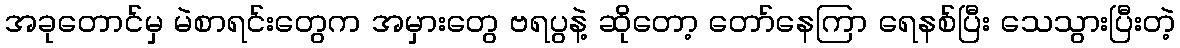
အခုတောင်မှ မဲစာရင်းတွေက အမှားတွေ ဗရပွနဲ့ ဆိုတော့ တော်နေကြာ ရေနစ်ပြီး သေသွားပြီးတဲ့